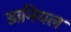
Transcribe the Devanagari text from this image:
डानियल